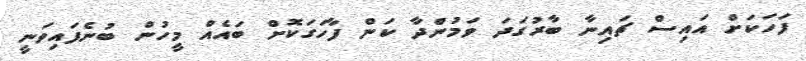
ފަހަކަށް އައިސް ޗައިނާ ބާރުގަދަ ވަމުންދާ ކަން ފާހަގަކޮށް ބައެއް މީހުން ބުނެފައިވަނީ